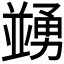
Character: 𠁜